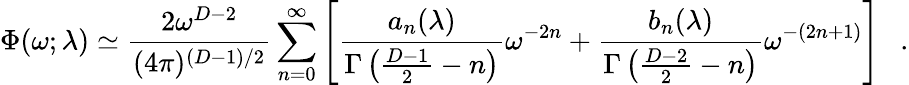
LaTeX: \Phi(\omega;\lambda)\simeq{\frac{2\omega^{D-2}}{(4\pi)^{(D-1)/2}}}\sum_{n=0}^{\infty}\left[{\frac{a_{n}(\lambda)}{\Gamma\left({\frac{D-1}{2}}-n\right)}}\omega^{-2n}+{\frac{b_{n}(\lambda)}{\Gamma\left({\frac{D-2}{2}}-n\right)}}\omega^{-(2n+1)}\right]~~~.